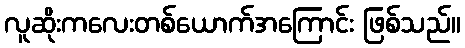
လူဆိုးကလေးတစ်ယောက်အကြောင်း ဖြစ်သည်။